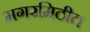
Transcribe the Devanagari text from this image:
मगरमिठीत